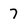
Character: 7